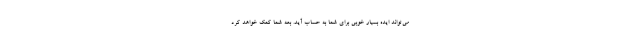
می‌تواند ایده بسیار خوبی برای شما به حساب آید. بعه شما کمک خواهد کرد